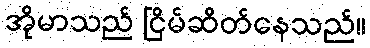
အိုမာသည် ငြိမ်ဆိတ်နေသည်။